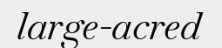
large-acred